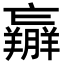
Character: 𦏝